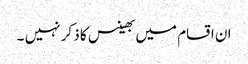
ان اقسام میں بھینس کا ذکر نہیں ۔